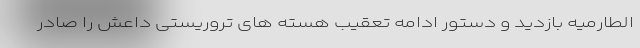
الطارمیه بازدید و دستور ادامه تعقیب هسته های تروریستی داعش را صادر